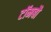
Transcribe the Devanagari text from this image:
टॉमबौ